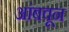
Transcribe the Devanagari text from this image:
आंबवून